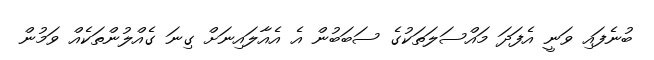
ބުނެފައި ވަނީ އެފަދަ މައްސަލަތަކުގެ ސަބަބުން އެ އެއާލައިނަށް ގިނަ ގެއްލުންތަކެއް ވަމުން